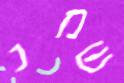
שמנ